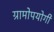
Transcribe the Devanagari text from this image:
ग्रामोपयोगी